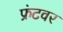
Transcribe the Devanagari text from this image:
फ्रंटवर